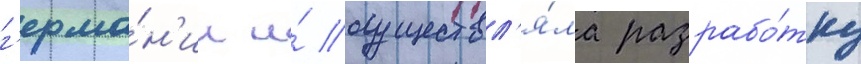
г'ерма́н'ии и́ осуществл'я́ла разрабо́тку